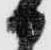
日